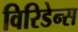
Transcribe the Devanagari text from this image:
विरिडेन्स